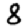
Digit: 8